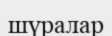
шүралар